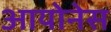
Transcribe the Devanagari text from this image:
आयोनेस